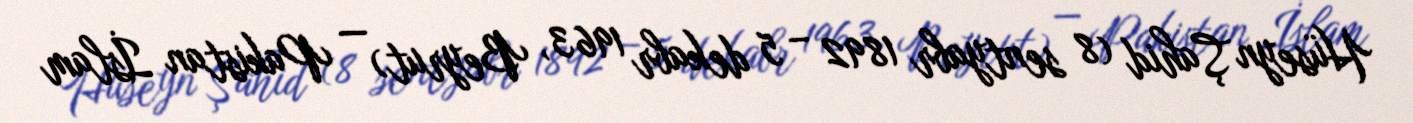
Hüseyn Şahid (8 sentyabr 1892 – 5 dekabr 1963, Beyrut) — Pakistan İslam